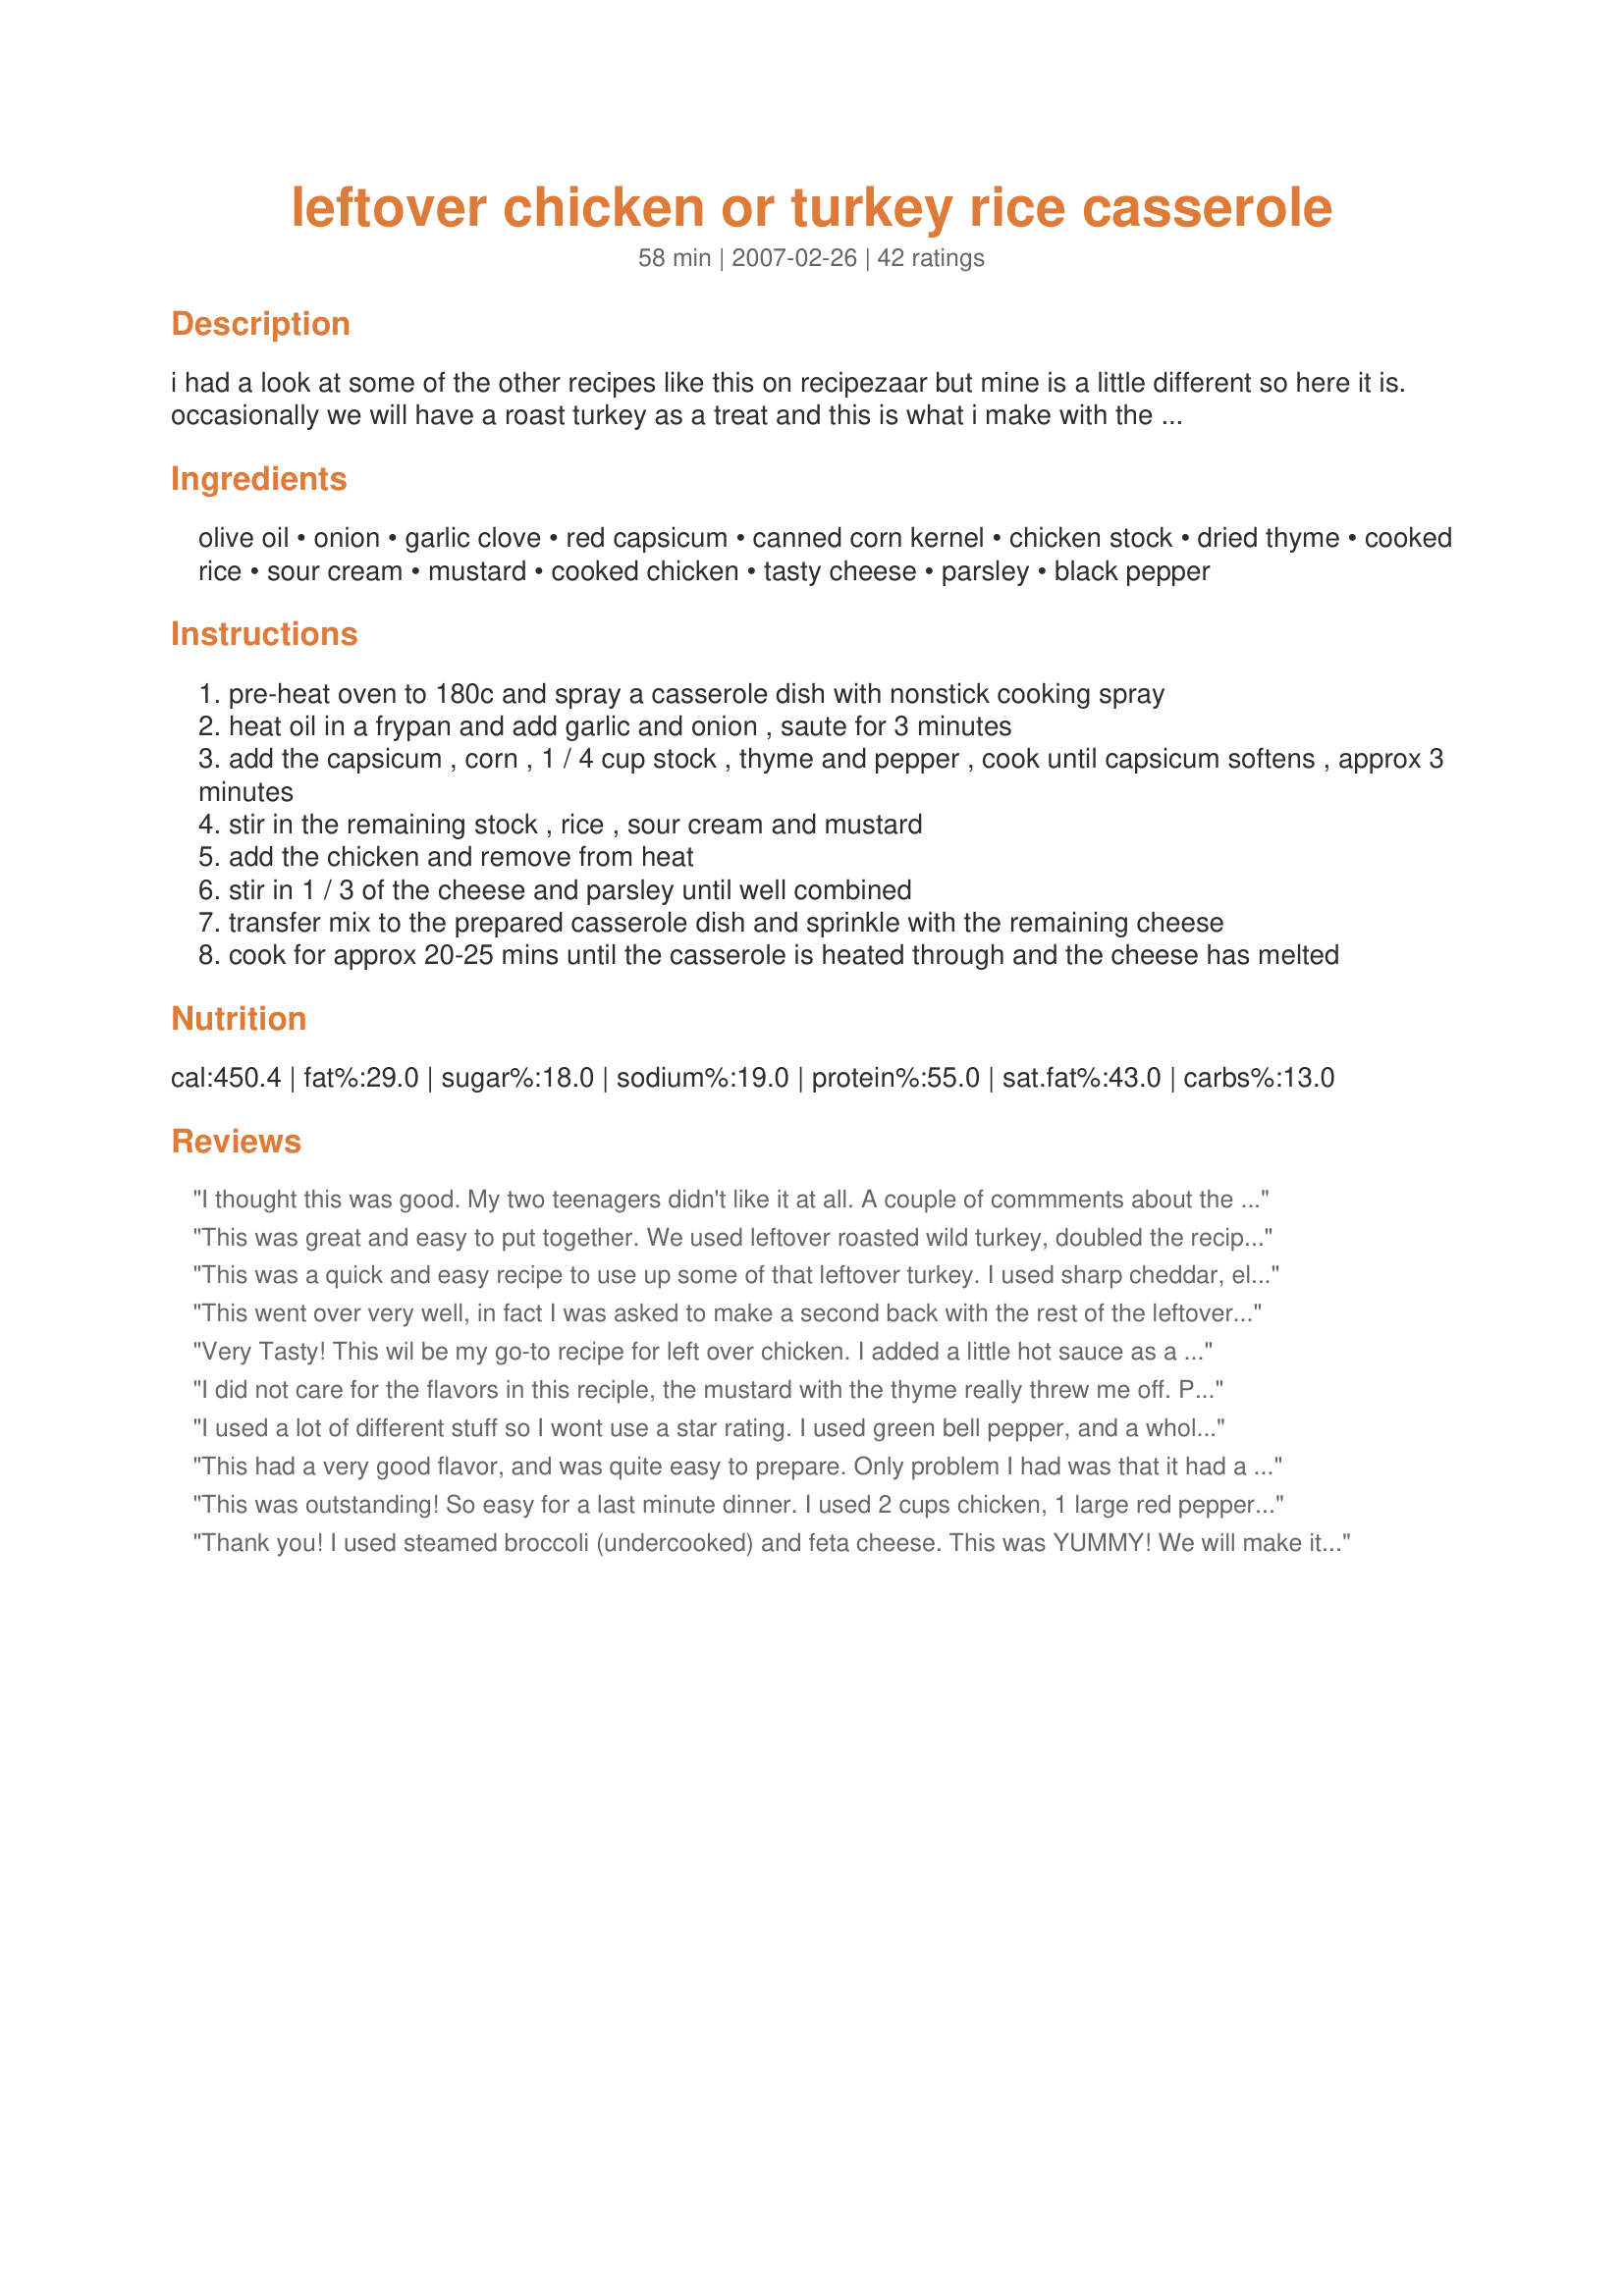
leftover chicken or turkey rice casserole
Preparation time: 58 minutes

i had a look at some of the other recipes like this on recipezaar but mine is a little different so here it is. occasionally we will have a roast turkey as a treat and this is what i make with the leftovers. i haven't made it with chicken yet but i'm sure it is just as tasty as with the turkey. it is also kid friendly, my 17 month old daughter will eat this no problem. (cooking time includes 10 mins approx for cooking of rice)

Ingredients:
olive oil, onion, garlic clove, red capsicum, canned corn kernel, chicken stock, dried thyme, cooked rice, sour cream, mustard, cooked chicken, tasty cheese, parsley, black pepper

Steps:
pre-heat oven to 180c and spray a casserole dish with nonstick cooking spray
heat oil in a frypan and add garlic and onion , saute for 3 minutes
add the capsicum , corn , 1 / 4 cup stock , thyme and pepper , cook until capsicum softens , approx 3 minutes
stir in the remaining stock , rice , sour cream and mustard
add the chicken and remove from heat
stir in 1 / 3 of the cheese and parsley until well combined
transfer mix to the prepared casserole dish and sprinkle with the remaining cheese
cook for approx 20-25 mins until the casserole is heated through and the cheese has melted

Reviews:
I thought this was good. My two teenagers didn't like it at all. A couple of commments about the actual recipe...it would of been better if I didn't have to convert grams to cups as we don't have a scale. Also, there was no temperature listed at which to bake it.
This was great and easy to put together. We used leftover roasted wild turkey, doubled the recipe and tripled the cheese and there was only a tiny bit left. My kids really liked it, generally they don't like casseroles because it seems they're all "cream of something". Definitely a keeper!
This was a quick and easy recipe to use up some of that leftover turkey. I used sharp cheddar, eliminated the corn and used extra mustard (both regular and dijon). However, there was definitely something missing to give it a kick. Some of us put some BBQ sauce on top, others tried hot sauce. On its own it was a tad bland. I think this is one I would experiment with and try some different spices or a different cheese type perhaps.
This went over very well, in fact I was asked to make a second back with the rest of the leftover turkey the next night. I did add more than double the cheddar cheese from what was called for, about double the mustard and garlic, and I used a vegetable medley instead of the corn and bell pepper.
Very Tasty! This wil be my go-to recipe for left over chicken. I added a little hot sauce as a topping and it was great!
I did not care for the flavors in this reciple, the mustard with the thyme really threw me off. Perhaps I'm just not much of a fan of mustard. I won't make this again, sorry.
I used a lot of different stuff so I wont use a star rating. I used green bell pepper, and a whole mess of cheese I had lying around...cream cheese, Parmesan, smoked gouda, and some huntsman, which is a combination of cheddar and blue. I also left out the garlic and corn. It was a pretty bland even with the mustard, thyme, and chicken stock. Maybe it would have been more flavorful if I had used just cheddar. I got rid of all of my leftover turkey but I probably wont make this again. Thanks for the idea though!
This had a very good flavor, and was quite easy to prepare. Only problem I had was that it had a little too much liquid, next time I will cut back on the chicken stock. Otherwise, will try again. Made for ZWT4.
This was outstanding! So easy for a last minute dinner. I used 2 cups chicken, 1 large red pepper, and 2 cups of cheese. This will be made again for sure. Thanks so much Mandy!
Thank you! I used steamed broccoli (undercooked) and feta cheese. This was YUMMY! We will make it again, but likely with chicken and oregano, since that is more our everyday fare. Happy Holidays!
We loved it! I used green beans instead of pepper and corn just because that&#039;s what I had on hand. And I&#039;d like to echo the other comments that it was nice not to have any cream soup in this recipe. We&#039;ll definitely be making it again, but next time I&#039;ll try not to forget the mustard.
I rescued a turkey carcass that I didn't have room for, made stock, had a few hot turkey sandwiches. I don't like frozen cooked turkey so to use up the leftovers, gave this recipe a try. Used the homemade stock in the rice and the casserole; subbed poultry seasoning for the thyme; forgot the sour cream (not on purpose). Overall, pretty good, saving it to my recipe box.
Probably the best version of Chicken and Rice Casserole that I've had. We used some store bought grilled chicken I had in the freezer. Would also be great if you buy rotisserie chickens when they're on sale.
I used Recipe #101403 #101403 for the chicken. I made some assumptions on other ingredients and since it turned out delicious, I figure I assumed right. Not being sure what capsicum or tasty cheese are, I used red bell pepper and cheddar cheese. Made for Holiday Tag. Thanks for a wonderful recipe Mandy.
This was excellent! It was delicious and easy. I followed this as directed, except that I started the recipe in a cast iron frying pan, followed the directions and topped it with cheese right in the frying pan. Stuck the whole thing in the oven and only had one pan to wash. I loved that the turkey didn&#039;t get dried out cooking it this way. I used a Mexican blend cheese that I had left from a dinner a couple nights ago. This was devoured by my three kids, husband and I and they were asking for seconds...there weren&#039;t any. I know that I need to double this for leftovers after Thanksgiving next year! Thanks **Mandy**!
Really Yummy! Everybody liked this. I used leftover smoked turkey breast that I chopped up a bit and had to mix regular mustard and a really spicy Chinese mustard, but it turned out really well.
Loved this recipe :D I used 1tsp of dried thyme (as some reviews suggested the 1 1/2tsp was too much) and 1tbsp of course grain mustard. I also mixed in a tsp of parmesan into the rice, and added some mushroom, courgette and chopped fine green beans. Love it and will keep it for future use. Thank you. x
This was mighty fine. I used a store bought, already cooked chicken, as I wanted to make it despite the fact I had no leftover chicken. Nice kid friendly dish. :)
This was simple, easy and tasty! Not a grain of rice left in the dish! Great way to use up some leftovers! Had a gf over and her 20 month old who both enjoyed it equally. Thanks for a great recipe Mandy! Made for Beverage Tag~
Made this recipe with shredded chicken, & with a little research found that in Australia 'tasty' cheese is something like our sharp cheddar! Red capsicum was another matter, & I omitted it since [I believe] it refers to red chili pepper! That being said, This recipe produces a very tasty & satisfying main dish! Thanks for the recipe ~ I'll be making it again!
100% FANTASTIC!!!!!!!! MY MOM AND I ARE CRAZY ABOUT THIS RECIPE!!!! We used turkey. We didn't have thyme, so we used Italian seasoning. This is FANTASTIC!!! We happened to have leftover rice and we used that. Left out the mustard, too, as our family doesn't like it much as a seasoning. Love that it only bakes for 20 minutes! We used the temp conversion on the internet and found out that 180 degrees Celsius is equal to about 350-355 degrees Farenheit. This is definately a make-again-several-times recipe!!! VERY VERY VERY DELICIOUS!!!! 
UPDATE: 2-1-09
Tried this again and was very dissappointed! It was very bland, but then again we didn't have any peppers so what the heck, it was probably because of that. :S
This sounded good, but for me the thyme was way to overpowering. If I make it again, I think I'll substitute the thyme with Italian seasoning.
Everyone loved it. Used more garlic & cheese in rice. Turned out like an easy, yummy risotto!
Having to feed a fussy family is very challenging, so with this recipe I wasnt too sure how they would go with the mustard and thyme, so I just used cajun seasoning instead. I even took a gamble and doubled the recipe, ok so miss 14yr old picked out the caps and onion, everyone loved it and had seconds.
Thyme Out!

The recipe is fine though I think a can of cream of mushroom soup would help. DO NOT use 1 1/2 teaspoons of thyme. I knew that was too much but cutting to 1/2 tsp was also excessive and I made the recipe almost twice the size here. A pinch of thyme will do it. You might skip it altogether and all will be well.
The Reviews on this casserole were bang on...it is very tasty and delicious. It is especially versatile because you can chicken or turkey, spice it up more or make it thick or just creamier! I love the fact there is mustard in it, I used a hot German mustard I found in the fridge. Red peppers go very well with poultry so I would recommend leaving these in, and not substituting green peppers. Make it and love it !
Delicious! I made this with turkey. I made some very minor changes based on what I had on hand. Will be making this again. I did use 1 1/2 tsp. of dried Thyme and 2 tbsp of Dijon mustard.
This is just terrific, we really enjoyed it! I had two turkey breasts that I used up and also used brown rice and green capsicum as that was all I had on hand. My DH and my 6 year old gobbled it right up. We thoroughly enjoyed this recipe, thanks for posting!!
Mediocre
Very good, Getting ready to make this again I did mix some Italian bread crumb with butter for a topping, Great idea for left overs, Has a mild flavor but can be seasoned up or down. Thank you so much for this recipe
It would have been really good except for all that THYME!! Holy crap! It was waaaay too much. Cleared the sinuses though! haha If I make this again I will totally omit the thyme and use basil and oregano probably.
Great tasting recipe! I used green pepper instead of red because that is what I had on hand. Also used champagne cheddar for the same reason...... This recipe is a keeper! very tasty!!!!
ZWT4: Delicious. I used leftover Recipe#216575 in this recipe!! WOW!! Great comfort food and a good way to use up leftovers!
I used this recipe as a base and substituted with ingredients that were in my pantry. I used canned chicken, too much thyme, and a italian cheese blend. If it wouldn't have put too much thyme in I think I would have enjoyed it more, it sure is different and nice not to have to have a cream of something soup. With the right ingredients I will remake this, thank you for a different casserole that was easy to prepare.
Excellent flavors! We just used leftover chicken and mini-bellpeppers. We'll make this often as a fantastic makeover for leftovers. Thank you.
Red capsicum is red bell pepper - a sweet pepper, not chile. I made it as listed, and seasoned it with seasoning salt, dijon mustard (not bright yellow American mustard) and used cheddar cheese (which is what is referred as tasty cheese). Just add some cracked black pepper and salt to taste and this is delicious. Thanks! It was kid friendly too.
This was okay. I ended up eating the whole thing by myself over the week bringing for lunch. Actually was probably a little better reheated. Overall, good, not great but worked well to use up some turkey!
If you need something simple and quick to do with leftover turkey, or rice for that matter, this is pretty great. It would be good without the meat too...and it's a kid pleaser. I wish I had had parsley on hand, that would have made it even better. I didn't bother to convert 180c, just baked at 375 since that's where the oven already was. Thanks...no more turkey soup for days on end!
Very good...made it as stated in the recipe. Kids enjoyed it. Next time will probably play with the vegetables a bit depending on what I have on had.
I used. Italian seasoning, as others did. Instead of thyme. Also used sharp cheddar cheese in the casserole and topping Very enjoyable meal. Thank You.
My husband loved this recipe! Used wild rice for added flavor and only had green bell peppers on hand. Excellent!
This was really good. I used left over turkey and it was great. The flavor is different than a lot of those other "left over" dishes. I used a red bell pepper and sharp cheese in place of the two items I didn't recognize. We love cheese so I'm sure I went a little overboard with it. Thank you for the recipe, I will be making this again.
